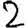
Digit: 2